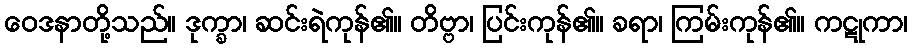
ဝေဒနာတို့သည်။ ဒုက္ခာ၊ ဆင်းရဲကုန်၏။ တိဗ္ဗာ၊ ပြင်းကုန်၏။ ခရာ၊ ကြမ်းကုန်၏။ ကဋုကာ၊